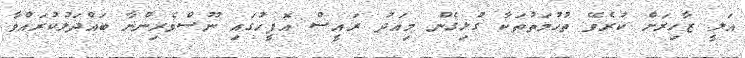
އަލީ ޒާހިރަށް ކުރެވޭ ތުހުމަތުތަކާ ގުޅިގެން މިއަދު ރައީސް އޮފީހުގައި ނޫސްވެރިންނާ ބައްދަލުކުރައްވާ